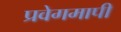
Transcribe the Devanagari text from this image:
प्रवेगमापी